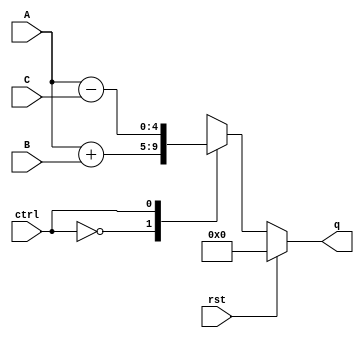
//!DO NOT MODIFY MODULE NAME AND PORT NAME!
module CCTA(
        input [3:0] A,
        input [3:0] B,
        input [3:0] C,
        input rst,
        input ctrl,
        output [4:0] q
);

reg [4:0]Q;
assign q=Q;

//fill in the q,rst part

//assign sum_A = A[3]+A[2]+A[1]+A[0];  this is summation of each individual bit as a number, not 4 bits as a number
//assign sum_B = B[3]+B[2]+B[1]+B[0];
//assign sum_C = C[3]+C[2]+C[1]+C[0];

always@(A,B,C,rst,ctrl,Q) begin
    if (rst==1'b1) begin
        Q=1'b0;
    end 
    
    else begin
        case(ctrl)
        0 : Q = A + B;
        1 : Q = A - C;
        default: Q=0;
    endcase
    end   
    
end

endmodule